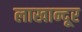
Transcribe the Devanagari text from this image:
लाखान्दूर